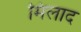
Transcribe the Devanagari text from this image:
मिलाद